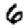
Digit: 6